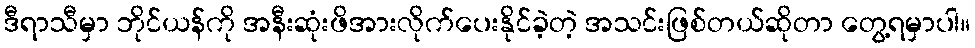
ဒီရာသီမှာ ဘိုင်ယန်ကို အနီးဆုံးဖိအားလိုက်ပေးနိုင်ခဲ့တဲ့ အသင်းဖြစ်တယ်ဆိုတာ တွေ့ရမှာပါ။